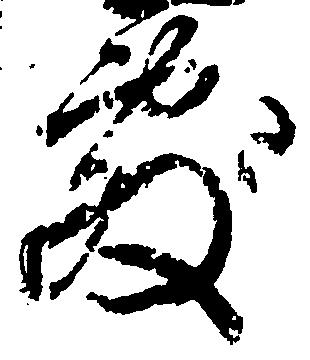
敷